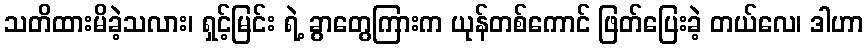
သတိထားမိခဲ့သလား၊ ရှင့်မြင်း ရဲ့ ခွာတွေကြားက ယုန်တစ်ကောင် ဖြတ်ပြေးခဲ့ တယ်လေ၊ ဒါဟာ